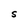
Character: S